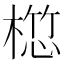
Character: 𣖯